Report of an investigation in regard to the prevalence of stegomyia and other mosquitoes in Karachi, and the measures necessary for their control
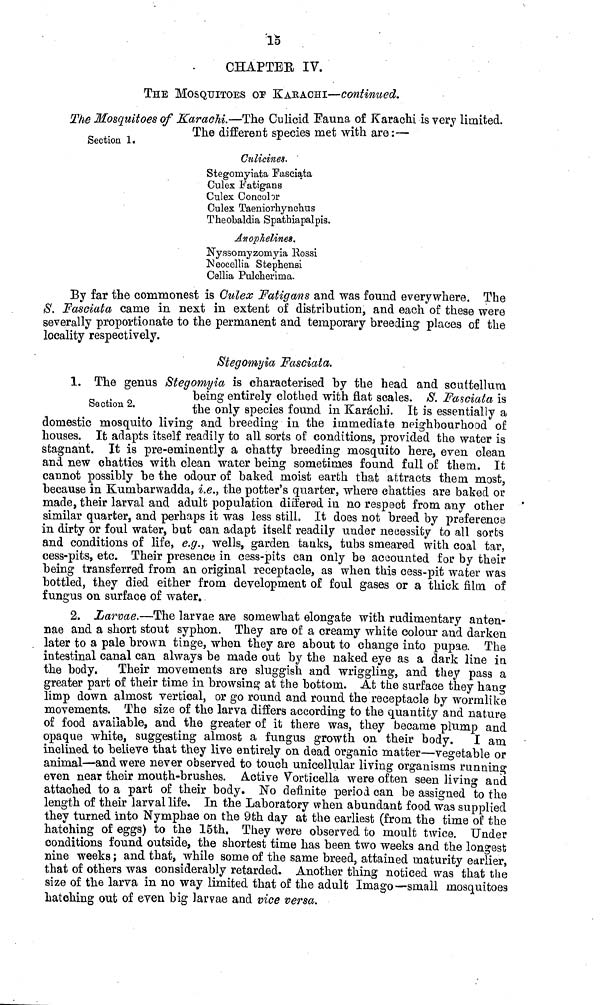
15
CHAPTER IV.
THE MOSQUITOES OP KARACHI—continued.
Section 1.
The Mosquitoes of Karachi.—The Culicid Fauna of Karachi is very limited.
The different species met with are:—
Culicines.
Stegomyiata Fasciata
Culex Fatigans
Culex Concolor
Culex Taeniorhynchus
Theobaldia Spathiapalpis.
Anophelines.
Nyssomyzomyia Rossi
Neocellia Stephensi
Cellia Pulcherima.
By far the commonest is Culex Fatigans and was found everywhere. The
8. Fasciata came in next in extent of distribution, and each of these were
severally proportionate to the permanent and temporary breeding places of the
locality respectively.
Steqomvia Fasciata.
Section 2.
1. The genus Stegomyia is characterised by the head and scuttellum
being entirely clothed with flat scales. S. Fasciata is
the only species found in Karachi. It is essentially a
domestic mosquito living and breeding in the immediate neighbourhood of
houses. It adapts itself readily to all sorts of conditions, provided the water is
stagnant. It is pre-eminently a chatty breeding mosquito here, even clean
and new chatties with clean water being sometimes found full of them. It
cannot possibly be the odour of baked moist earth that attracts them most,
because in Kumbarwadda, i.e., the potter's quarter, where chatties are baked or
made, their larval and adult population differed in no respect from any other
similar quarter, and perhaps it was less still. It does not breed by preference
in dirty or foul water, but can adapt itself readily under necessity to all sorts
and conditions of life, e.g., wells, garden tanks, tubs smeared with coal tar,
cess-pits, etc. Their presence in cess-pits can only be accounted for by their
being transferred from an original receptacle, as when this cess-pit water was
bottled, they died either from development of foul gases or a thick film of
fungus on surface of water.
2. Larvae.—The larvae are somewhat elongate with rudimentary anten-
nae and a short stout syphon. They are of a creamy white colour and darken
later to a pale brown tinge, when they are about to change into pupae. The
intestinal canal can always be made out by the naked eye as a dark line in
the body. Their movements are sluggish and wriggling, and they pass a
greater part of their time in browsing at the bottom. At the surface they hang
limp down almost vertical, or go round and round the receptacle by wormlike
movements. The size of the larva differs according to the quantity and nature
of food available, and the greater of it there was, they became plump and
opaque white, suggesting almost a fungus growth on their body. I am
inclined to believe that they live entirely on dead organic matter—vegetable or
animal—and were never observed to touch unicellular living organisms running
even near their mouth-brushes. Active Vorticella were often seen living and
attached to a part of their body. No definite period can be assigned to the
length of their larval life. In the Laboratory when abundant food was supplied
they turned into Nymphae on the 9th day at the earliest (from the time of the
hatching of eggs) to the 15th. They were observed to moult twice. Under
conditions found outside, the shortest time has been two weeks and the longest
nine weeks; and that, while some of the same breed, attained maturity earlier,
that of others was considerably retarded. Another thing noticed was that the
size of the larva in no way limited that of the adult Imago—small mosquitoes
hatching out of even big larvae and vice versa.